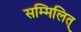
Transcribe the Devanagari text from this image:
सम्मिलित्